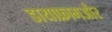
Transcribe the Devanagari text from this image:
डायाफ्रामऔर